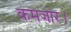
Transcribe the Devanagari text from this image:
कमजोर।